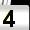
Digit: 4